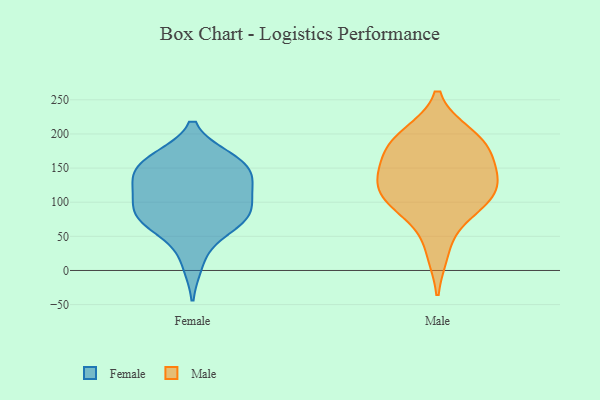
{"axis": {"x": "Satisfaction Score", "y": "Value"}, "legend": ["Female", "Male"], "data": [{"x": "", "y": 124, "type": "Female"}, {"x": "", "y": 161, "type": "Female"}, {"x": "", "y": 74, "type": "Female"}, {"x": "", "y": 67, "type": "Female"}, {"x": "", "y": 101, "type": "Female"}, {"x": "", "y": 10, "type": "Female"}, {"x": "", "y": 91, "type": "Female"}, {"x": "", "y": 130, "type": "Female"}, {"x": "", "y": 79, "type": "Female"}, {"x": "", "y": 159, "type": "Female"}, {"x": "", "y": 88, "type": "Female"}, {"x": "", "y": 59, "type": "Female"}, {"x": "", "y": 124, "type": "Female"}, {"x": "", "y": 164, "type": "Female"}, {"x": "", "y": 157, "type": "Female"}, {"x": "", "y": 140, "type": "Female"}, {"x": "", "y": 179, "type": "Male"}, {"x": "", "y": 180, "type": "Male"}, {"x": "", "y": 128, "type": "Male"}, {"x": "", "y": 97, "type": "Male"}, {"x": "", "y": 199, "type": "Male"}, {"x": "", "y": 132, "type": "Male"}, {"x": "", "y": 135, "type": "Male"}, {"x": "", "y": 164, "type": "Male"}, {"x": "", "y": 90, "type": "Male"}, {"x": "", "y": 27, "type": "Male"}, {"x": "", "y": 95, "type": "Male"}, {"x": "", "y": 124, "type": "Male"}, {"x": "", "y": 197, "type": "Male"}]}